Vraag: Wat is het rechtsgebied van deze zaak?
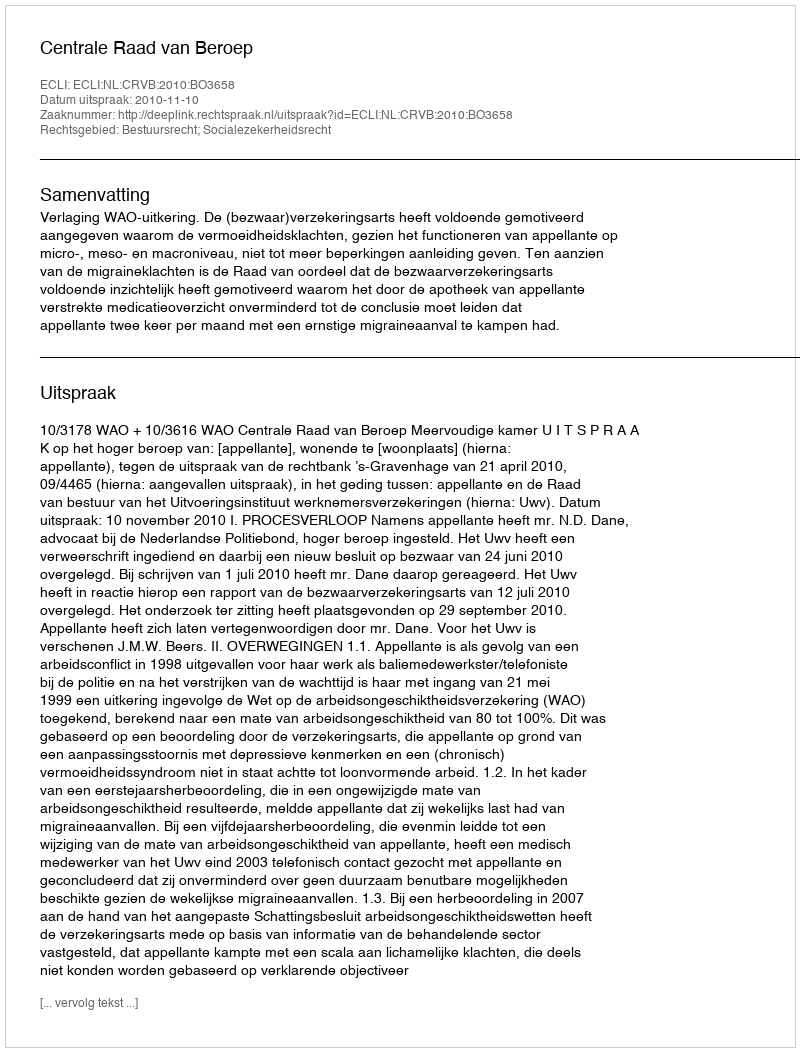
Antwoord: Bestuursrecht; Socialezekerheidsrecht